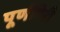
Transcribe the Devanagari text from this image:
पूर्णगिरी